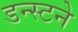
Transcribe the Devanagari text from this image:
डन्स्टने